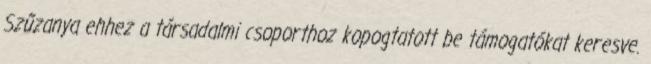
Szűzanya ehhez a társadalmi csoporthoz kopogtatott be támogatókat keresve.